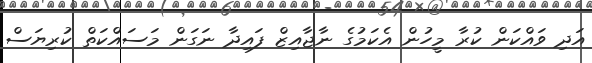
އަދި ވައްކަން ކުރާ މީހުން އެކަމުގެ ނާޖާއިޒް ފައިދާ ނަގަން މަސައްކަތް ކުރިޔަސް